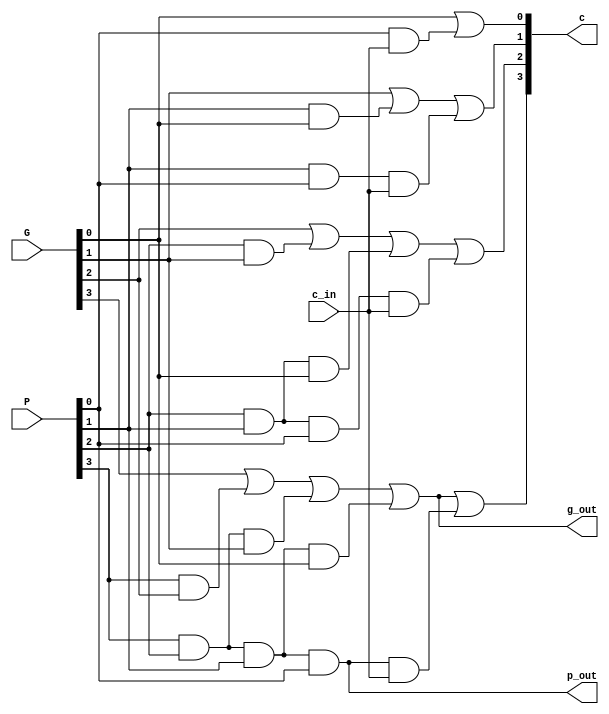
`timescale 1ns / 1ps
//////////////////////////////////////////////////////////////////////////////////
// Company: 
// Engineer: 
// 
// Design Name: 
// Module Name:    LCU 
// Project Name: 
// Target Devices: 
// Tool versions: 
// Description: 
//
// Dependencies: 
//
// Revision: 
// Revision 0.01 - File Created
// Additional Comments: 
//
//////////////////////////////////////////////////////////////////////////////////
module LCU(
    input c_in,
    input [3:0] P,
    input [3:0] G,
    output [4:1] c,
    output p_out,
    output g_out
    );

	
	// use propogate,generate and carry to compute the lookahead carry
	assign c[1] = G[0] | (P[0] & c_in);
	assign c[2] = G[1] | (P[1] & G[0]) | (P[1] & P[0] & c_in);
	assign c[3] = G[2] | (P[2] & G[1]) | (P[2] & P[1] & G[0]) | (P[2] & P[1] & P[0] & c_in);
	assign c[4] = G[3] | (P[3] & G[2]) | (P[3] & P[2] & G[1]) | (P[3] & P[2] & P[1] & G[0]) | (P[3] & P[2] & P[1] & P[0] & c_in);
	
	// compute propogate and generate for next level
	assign p_out = P[3] & P[2] & P[1] & P[0];
	assign g_out = G[3] | (P[3] & G[2]) | (P[3] & P[2] & G[1]) | (P[3] & P[2] & P[1] & G[0]);

endmodule